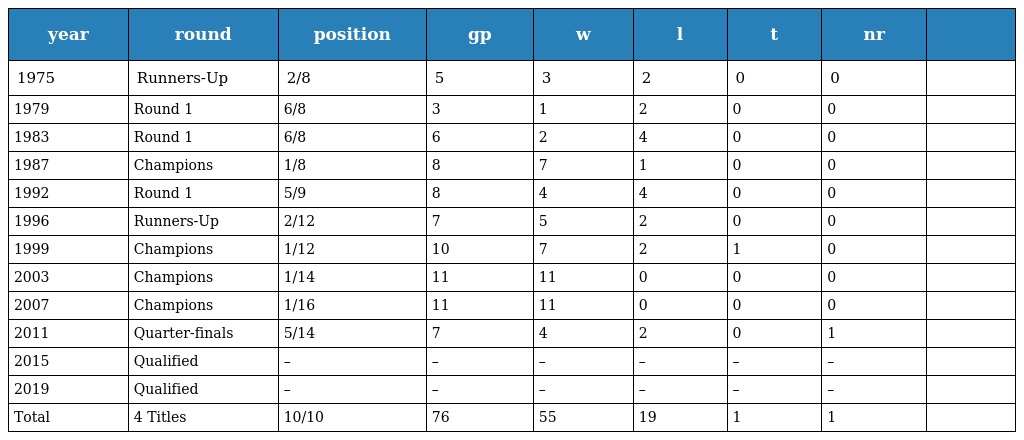
| year | round | position | gp | w | l | t | nr |  |
 | --- | --- | --- | --- | --- | --- | --- | --- | --- |
 | 1975 | Runners-Up | 2/8 | 5 | 3 | 2 | 0 | 0 |  |
 | 1979 | Round 1 | 6/8 | 3 | 1 | 2 | 0 | 0 |  |
 | 1983 | Round 1 | 6/8 | 6 | 2 | 4 | 0 | 0 |  |
 | 1987 | Champions | 1/8 | 8 | 7 | 1 | 0 | 0 |  |
 | 1992 | Round 1 | 5/9 | 8 | 4 | 4 | 0 | 0 |  |
 | 1996 | Runners-Up | 2/12 | 7 | 5 | 2 | 0 | 0 |  |
 | 1999 | Champions | 1/12 | 10 | 7 | 2 | 1 | 0 |  |
 | 2003 | Champions | 1/14 | 11 | 11 | 0 | 0 | 0 |  |
 | 2007 | Champions | 1/16 | 11 | 11 | 0 | 0 | 0 |  |
 | 2011 | Quarter-finals | 5/14 | 7 | 4 | 2 | 0 | 1 |  |
 | 2015 | Qualified | – | – | – | – | – | – |  |
 | 2019 | Qualified | – | – | – | – | – | – |  |
 | Total | 4 Titles | 10/10 | 76 | 55 | 19 | 1 | 1 |  |